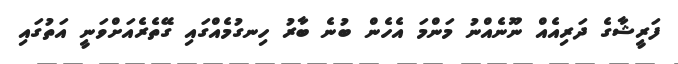
ފަރީޝާގެ ދަރިއެއް ނޫނެއްނު މަންމަ އެހެން ބުނެ ބާރު ހިނގުމެއްގައި ގޭތެރެއަށްވަނީ އަތުގައި